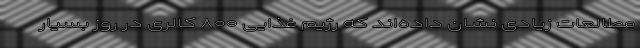
مطالعات زیادی نشان داده‌اند که رژیم غذایی ۸۰۰ کالری در روز بسیار